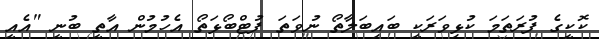
ކޮކީގެ ފުރަތަމަ ކުޅިވަރަކީ ބައިބަލާތޯ ނުވަތަ ފުޓްބޯޅަތޯ އެހުމުން އާތީ ބުނީ "އެއީ